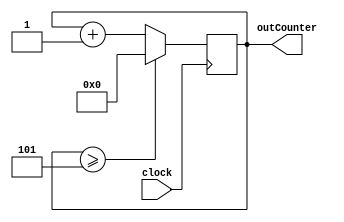
module counter(clock, outCounter);

input wire clock;
output reg[3:0] outCounter;

parameter START = 4'b0000;
parameter END = 4'b0101;

always @(posedge clock) begin
	if(outCounter >= END)
		outCounter = START;
	else
		outCounter = (outCounter + 1);
end

endmodule